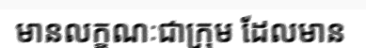
មានលក្ខណៈជាក្រុម ដែលមាន